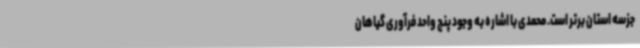
جزسه استان برتر است. محمدی با اشاره به وجود پنج واحد فرآوری گیاهان